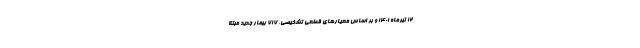
۱۲ تیرماه ۱۴۰۱ و بر اساس معیارهای قطعی تشخیصی، ۷۱۷ بیمار جدید مبتلا